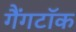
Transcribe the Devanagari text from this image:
गैंगटॉक